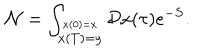
{ \cal N } = \int _ { \stackrel { x ( 0 ) = x } { x ( T ) = y } } { \cal D } x ( \tau ) e ^ { - S } .